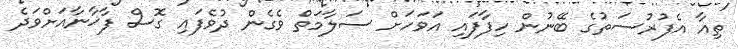
ތިއާ އެފުރުސަތުގެ ބޭނުން ހިފާފައި އަވަހަށް ސަލާމަތް ވެގެން ދުވެފައި ގޮސް ފާޚާނާއަށްވަދެ